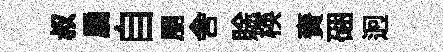
叔扃自朋舎賖楧賚硱迥